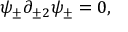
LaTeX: \psi _ { \pm } \partial _ { \pm 2 } \psi _ { \pm } = 0 ,